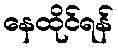
နေထိုင်ရန်